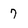
Character: 7